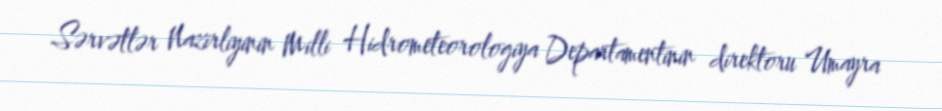
Sərvətlər Nazirliyinin Milli Hidrometeorologiya Departamentinin direktoru Umayra